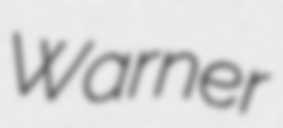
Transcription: Warner